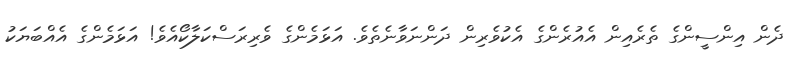
ދެން އިންސީންގެ ތެރެއިން އެއުރެންގެ އެކުވެރިން ދަންނަވާނެތެވެ. އަޅަމެންގެ ވެރިރަސްކަލާކޯއެވެ! އަޅަމެންގެ އެއްބަޔަކު